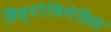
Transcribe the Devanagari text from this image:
हिस्टोजिनेसिस